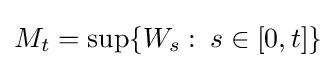
M_{t}=\sup\{W_{s}\,\colon \,s\in [0,t]\}